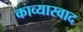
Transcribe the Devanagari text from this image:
काव्यास्वाद